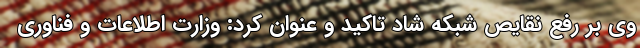
وی بر رفع نقایص شبکه شاد تاکید و عنوان کرد: وزارت اطلاعات و فناوری